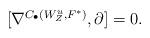
LaTeX: \begin{align*}\begin{aligned}[\nabla^{C_{\bullet}(W^{u}_{Z}, F^{*})},\partial]=0.\end{aligned}\end{align*}